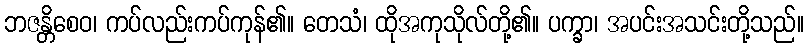
ဘဇန္တိစေဝ၊ ကပ်လည်းကပ်ကုန်၏။ တေသံ၊ ထိုအကုသိုလ်တို့၏။ ပက္ခာ၊ အပင်းအသင်းတို့သည်။